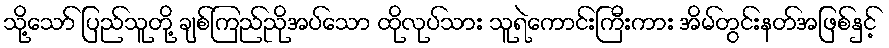
သို့သော် ပြည်သူတို့ ချစ်ကြည်ညိုအပ်သော ထိုလုပ်သား သူရဲကောင်းကြီးကား အိမ်တွင်းနတ်အဖြစ်နှင့်